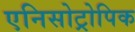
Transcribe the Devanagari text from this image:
एनिसोट्रोपिक